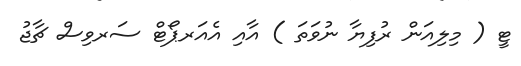
ޓީ ( މިލިއަން ރުފިޔާ ނުވަތަ ) އާއި އެއަރޕޯޓް ސަރވިސް ޗާޖު